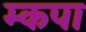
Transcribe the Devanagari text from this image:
म्कपा